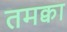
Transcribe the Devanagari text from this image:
तमक्वा